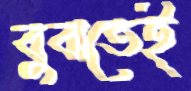
বুঝতেই